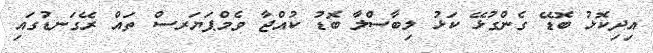
އިދިކޮޅު ބޮޑޭ ގެންގުޅޭ ކަޅު ލިބާސްލާ ބޮޑު ކުއްޖާ ވެމްޕަޔަރސް ތައް ރޭގަނޑުގައި